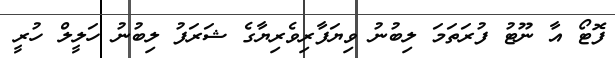
ފޮޓޯ އާ ނޫޓު ފުރަތަމަ ލިބުނު ވިޔަފާރިވެރިޔާގެ ޝަރަފު ލިބުނު ހަލީލް ހުރީ